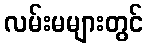
လမ်းမများတွင်